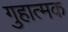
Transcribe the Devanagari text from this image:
गुहात्मक